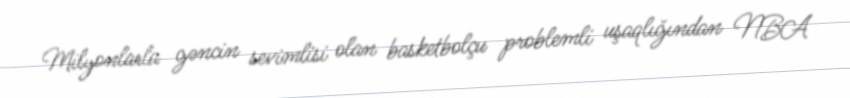
Milyonlarla gəncin sevimlisi olan basketbolçu problemli uşaqlığından NBA